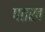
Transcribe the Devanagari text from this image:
पतख